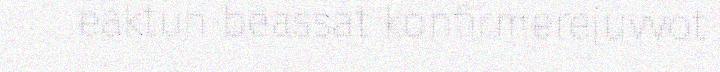
eaktun beassat konfirmerejuvvot